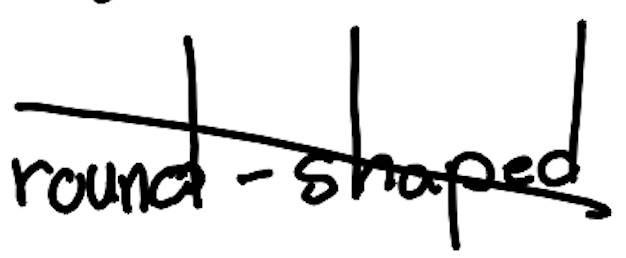
Text: round-shaped
Cross-out: diagonal
Writing tool: digital_black